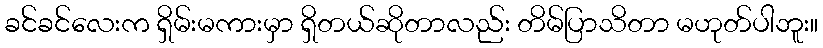
ခင်ခင်လေးက ရှိမ်းမကားမှာ ရှိတယ်ဆိုတာလည်း တိမ်ပြာသိတာ မဟုတ်ပါဘူး။